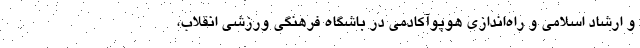
و ارشاد اسلامی و راه‌اندازی هوپوآکادمی در باشگاه فرهنگی ورزشی انقلاب،